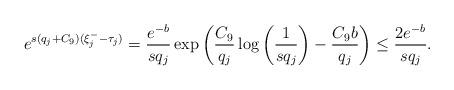
LaTeX: \begin{align*}e^{s(q_j + C_9)(\xi_j^- - \tau_j)} = \frac{e^{-b}}{sq_j} \exp \bigg( \frac{C_9}{q_j} \log \bigg( \frac{1}{sq_j} \bigg) - \frac{C_9 b}{q_j} \bigg) \leq \frac{2 e^{-b}}{sq_j}.\end{align*}